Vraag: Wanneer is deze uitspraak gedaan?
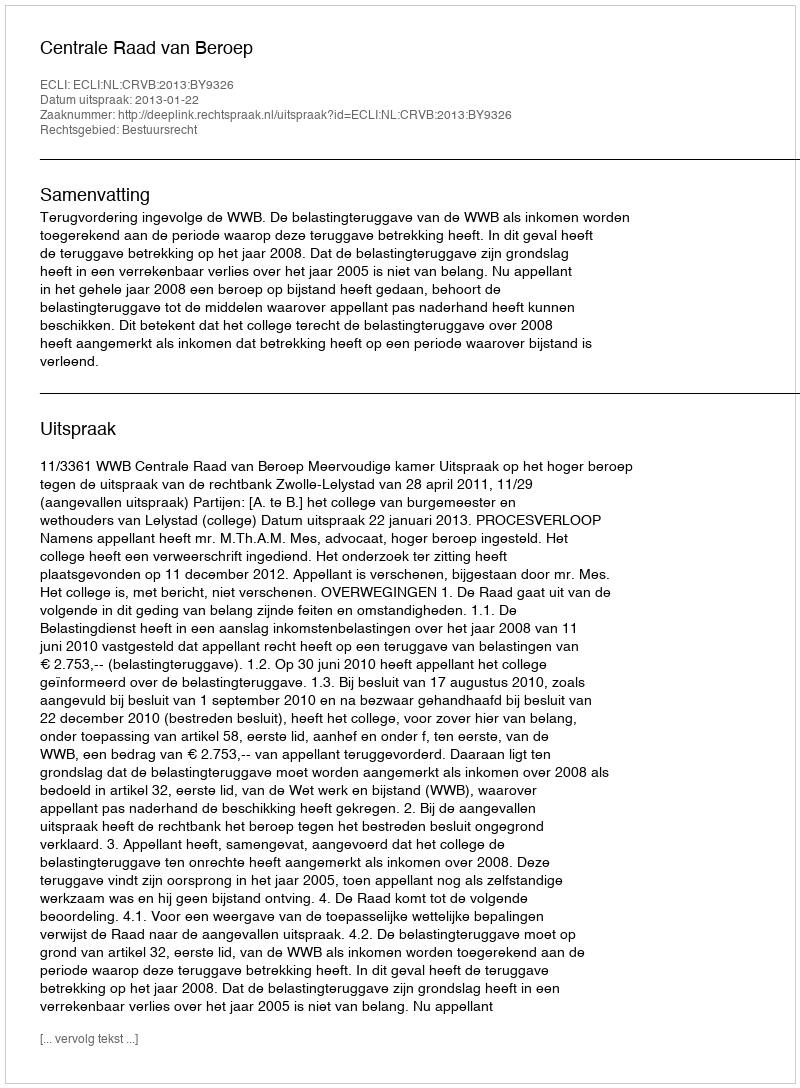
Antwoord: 2013-01-22